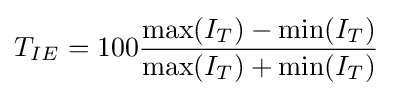
T_{IE}=100{\frac {{\text{max}}(I_{T})-{\text{min}}(I_{T})}{{\text{max}}(I_{T})+{\text{min}}(I_{T})}}